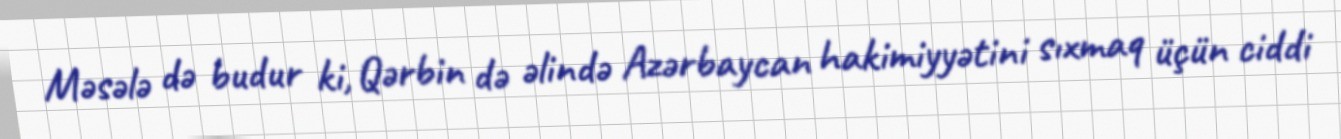
Məsələ də budur ki, Qərbin də əlində Azərbaycan hakimiyyətini sıxmaq üçün ciddi